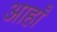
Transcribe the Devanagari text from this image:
आहाँ